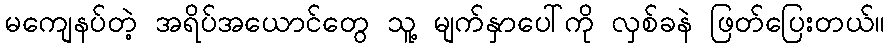
မကျေနပ်တဲ့ အရိပ်အယောင်တွေ သူ့ မျက်နှာပေါ်ကို လှစ်ခနဲ ဖြတ်ပြေးတယ်။